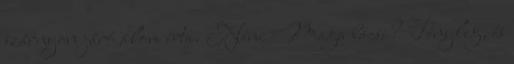
szárnyon járó álom írta. Néni Maga bácsi? Tényleg, és